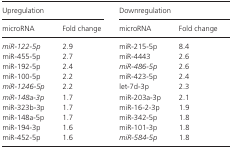
| <COLSPAN=2> Upregulation | <COLSPAN=2> Downregulation |
 | microRNA | Fold change | microRNA | Fold change |
 | --- | --- | --- | --- |
 | miR‐122‐5p | 2.9 | miR‐215‐5p | 8.4 |
 | miR‐455‐5p | 2.7 | miR‐4443 | 2.6 |
 | miR‐192‐5p | 2.4 | miR‐486‐5p | 2.6 |
 | miR‐100‐5p | 2.2 | miR‐423‐5p | 2.4 |
 | miR‐1246‐5p | 2.2 | let‐7d‐3p | 2.3 |
 | miR‐148a‐3p | 1.7 | miR‐203a‐3p | 2.1 |
 | miR‐323b‐3p | 1.7 | miR‐16‐2‐3p | 1.9 |
 | miR‐148a‐5p | 1.7 | miR‐342‐5p | 1.8 |
 | miR‐194‐3p | 1.6 | miR‐101‐3p | 1.8 |
 | miR‐452‐5p | 1.6 | miR‐584‐5p | 1.8 |